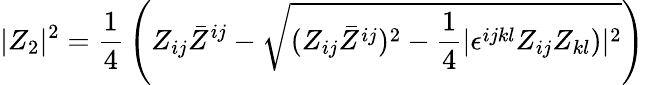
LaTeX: |Z_{2}|^{2}={\frac{1}{4}}\left(Z_{ij}\bar{Z}^{ij}-\sqrt{(Z_{ij}\bar{Z}^{ij})^{2}-{\frac{1}{4}}|\epsilon^{ijkl}Z_{ij}Z_{kl})|^{2}}\right)